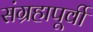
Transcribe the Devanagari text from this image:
संग्रहापूर्वी